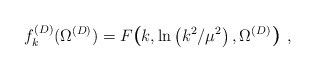
\begin{align*}f^{(D)}_{k}(\Omega^{({D})})=F\mbox{\boldmath\large $\left( \right.$ } \! \! \! k,\ln \left(k^{2}/\mu^{2} \right) ,\Omega^{({D})}\mbox{\boldmath\large $\left. \right)$ } \! \!\; ,\end{align*}